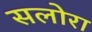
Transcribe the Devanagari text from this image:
सलोरा